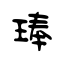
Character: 琫